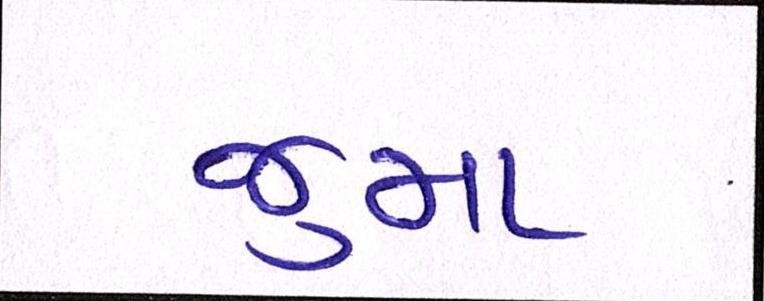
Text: જુમા